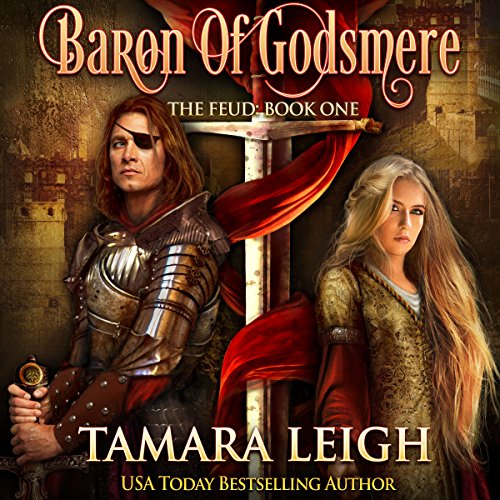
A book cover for Baron of Godsmere: The Feud 1; Tamara Leigh; Romance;